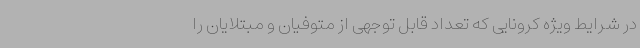
در شرایط ویژه کرونایی که تعداد قابل توجهی از متوفیان و مبتلایان را